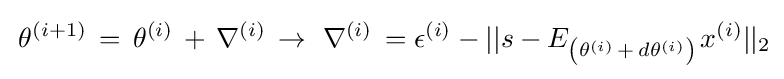
\,\theta ^{\left(i+1\right)}\,=\,\theta ^{\left(i\right)}\,+\,\nabla ^{\left(i\right)}\,\to \,\,\nabla ^{\left(i\right)}\,=\epsilon ^{(i)}-||s-E_{\left(\theta ^{\left(i\right)}\,+\,d\theta ^{\left(i\right)}\right)\,}x^{\left(i\right)}||_{2}